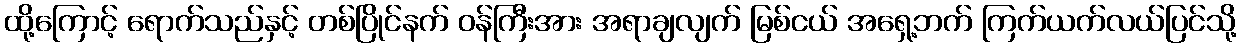
ထို့ကြောင့် ရောက်သည်နှင့် တစ်ပြိုင်နက် ဝန်ကြီးအား အရာချလျက် မြစ်ငယ် အရှေ့ဘက် ကြက်ယက်လယ်ပြင်သို့